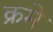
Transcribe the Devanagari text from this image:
क्रमे